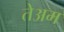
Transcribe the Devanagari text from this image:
तेअम